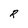
Character: R